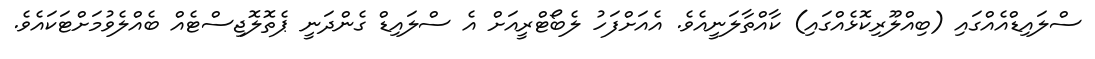
ސްލައިޑްއެއްގައި (ބިއްލޫރިކޮޅެއްގައި) ކާއްތާލަނީއެވެ. އެއަށްފަހު ލެބޯޓްރީއަށް އެ ސްލައިޑް ގެންދަނީ ޕެތޮލޮޖިސްޓެއް ބެއްލެވުމަށްޓަކައެވެ.